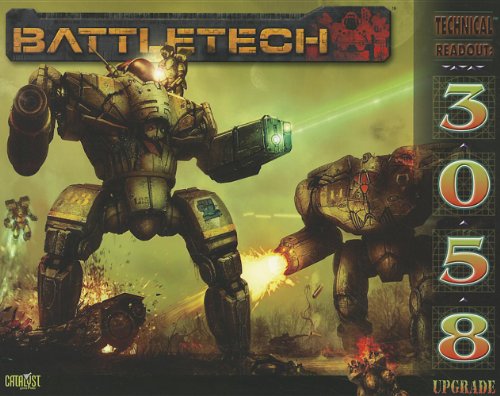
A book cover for Battletech Technical Readout 3058 Upgrade; Catalyst Game Labs; Science Fiction & Fantasy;